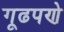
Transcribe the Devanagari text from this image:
गूढपणे